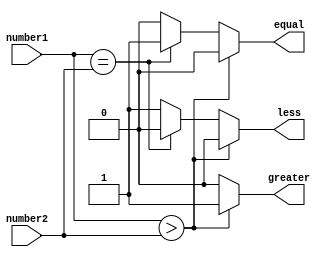
module magnitude_comparator (
    input [7:0] number1,
    input [7:0] number2,
    output reg greater,
    output reg equal,
    output reg less
);

always @(*) begin
    if (number1 > number2) begin
        greater = 1;
        equal = 0;
        less = 0;
    end 
    else if (number1 == number2) begin
        greater = 0;
        equal = 1;
        less = 0;
    end 
    else begin
        greater = 0;
        equal = 0;
        less = 1;
    end
end

endmodule